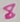
Text: 8